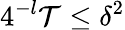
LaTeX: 4^{-l}\mathcal{T}\le\delta^{2}